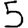
Digit: 5